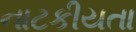
નાટકીયતા